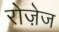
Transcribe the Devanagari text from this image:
रोज़ेज